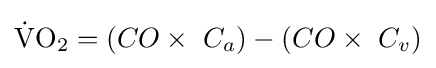
{\ce {{\dot {V}}O2}}=(CO\times \ C_{a})-(CO\times \ C_{v})